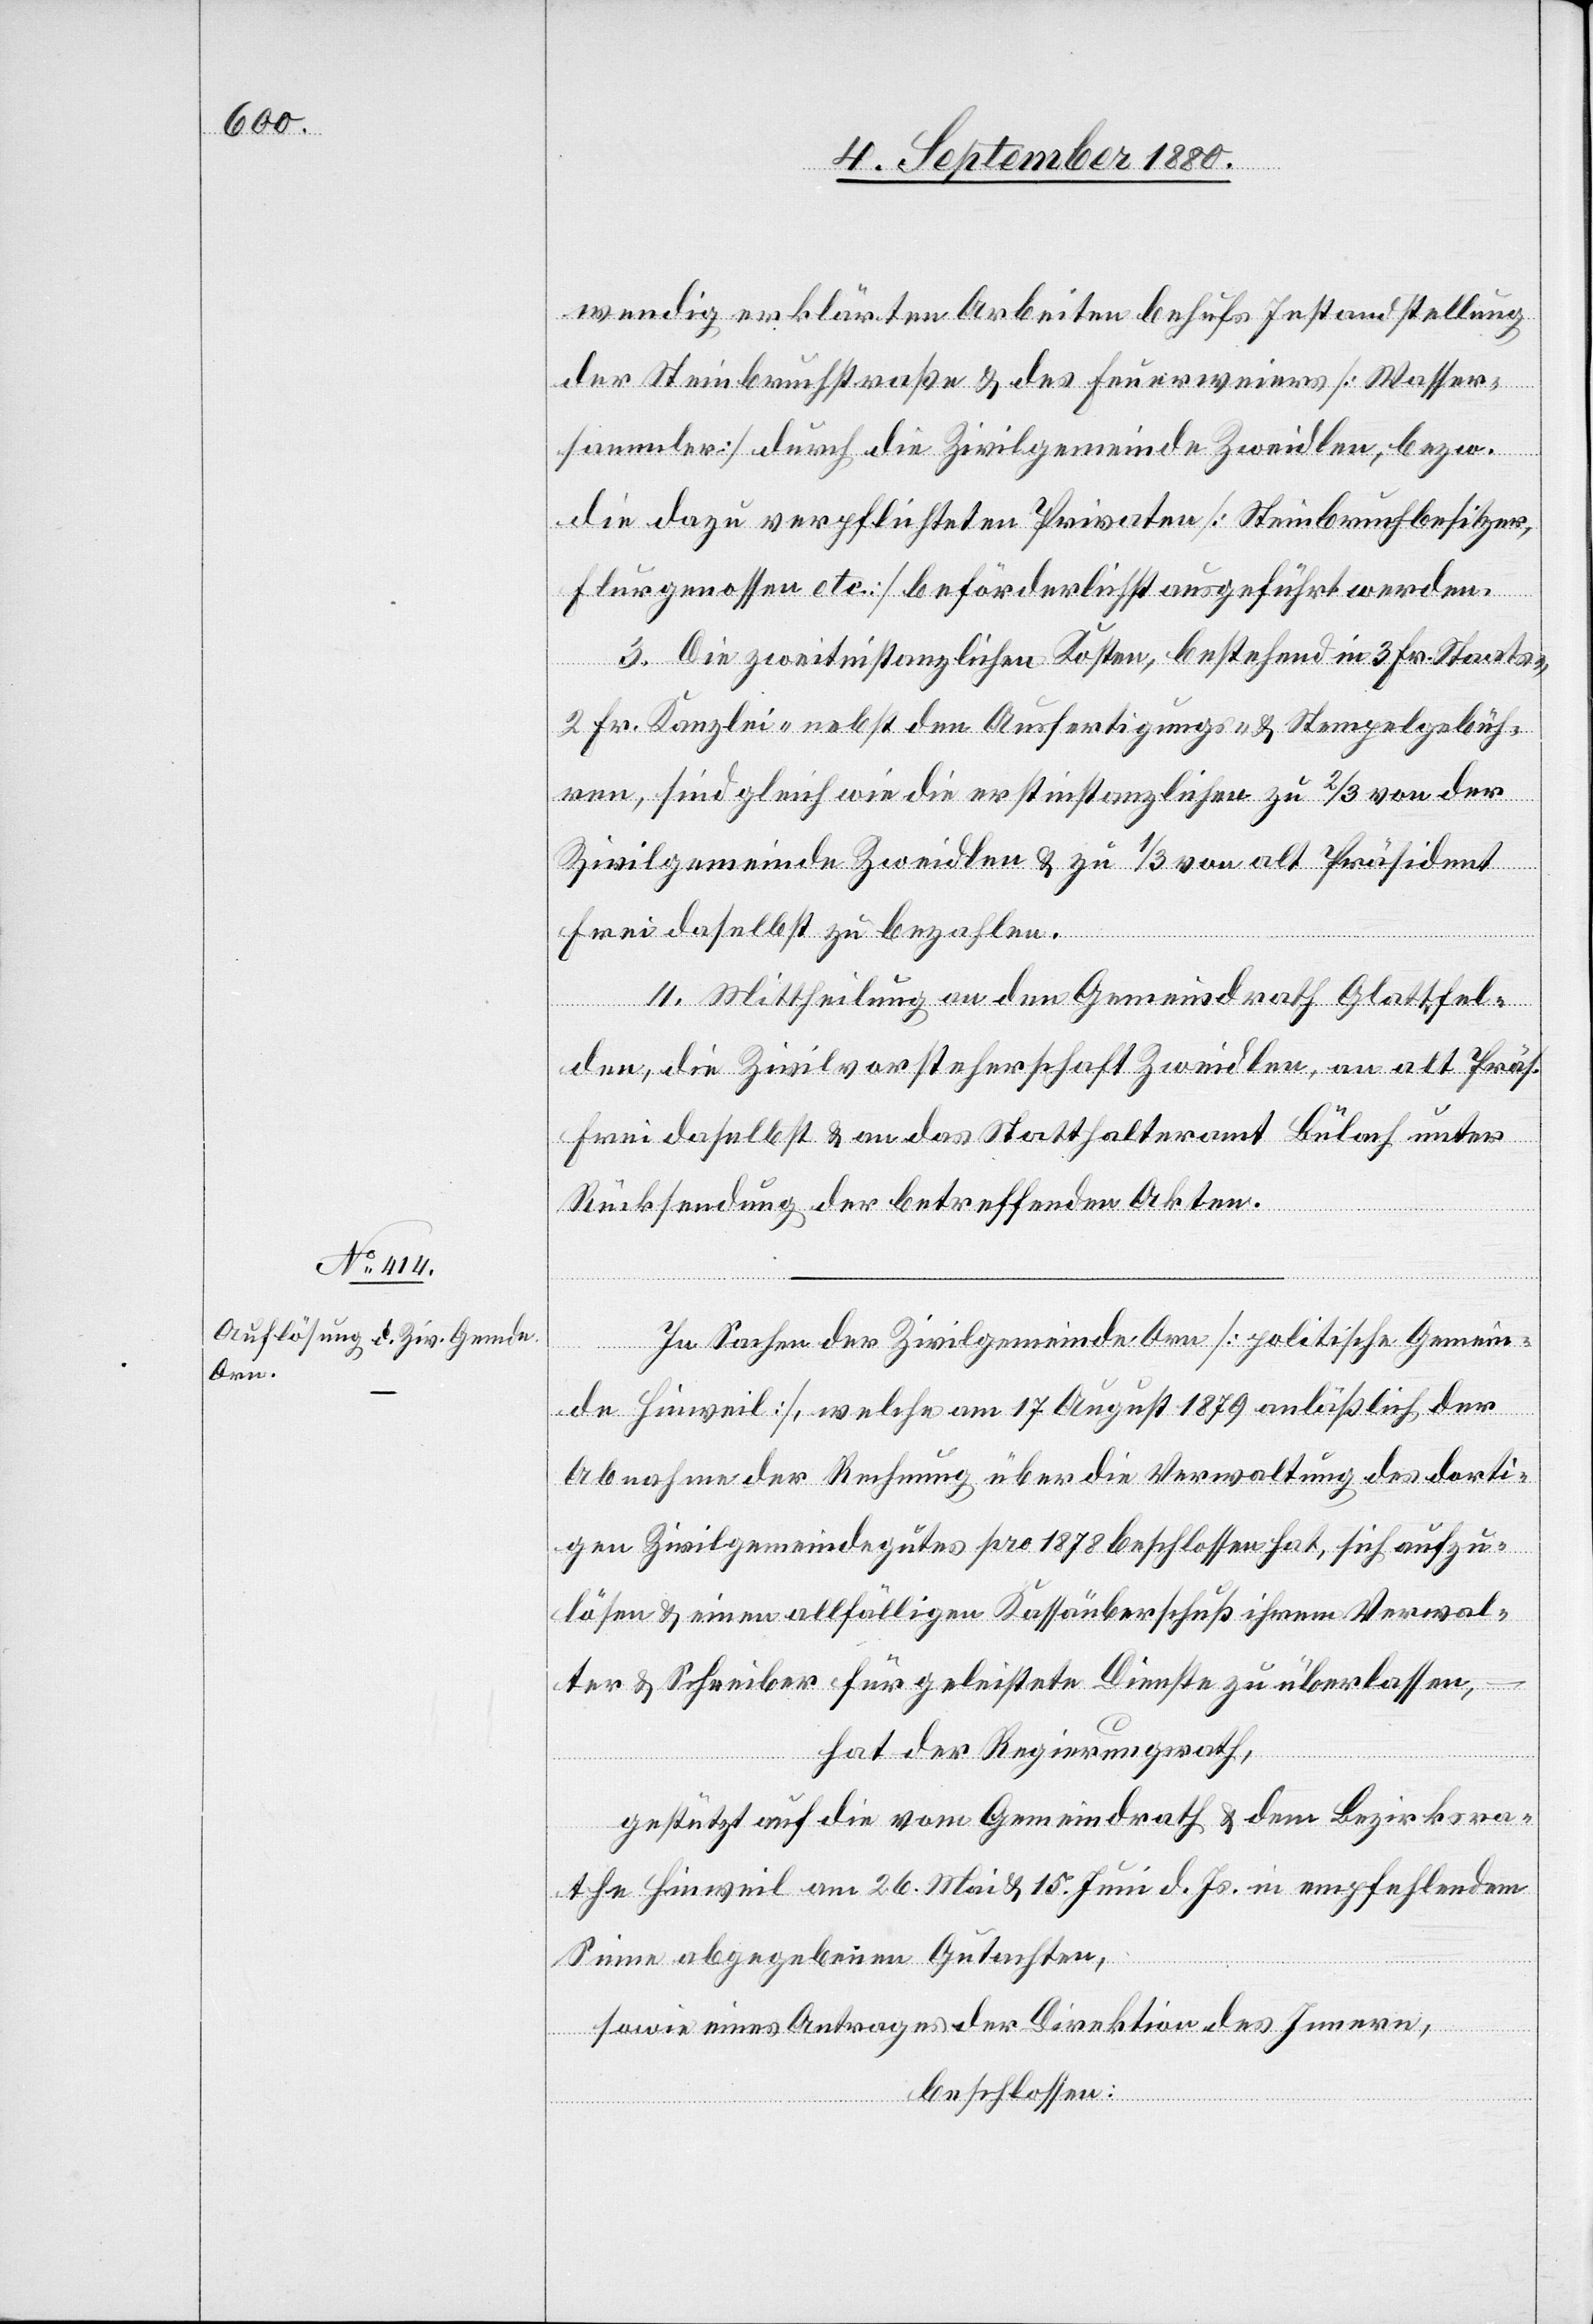
wendig erklärten Arbeiten behufs Instandstellung
der Steinbruchstraße & des Feuerweiers [Wasser¬
sammler] durch die Zivilgemeinde Zweidlen, bezw.
die dazu verpflichteten Privaten [Steinbruchbesitzer,
Flurgenossen etc.] beförderlichst ausgeführt werden.
3. Die zweitinstanzlichen Kosten, bestehend in 3 Fr. Staats-,
2 Fr. Kanzlei- nebst den Ausfertigungs-& Stempelgebüh¬
ren, sind gleich wie die erstinstanzlichen zu 2/3 von alt
Präsident
Frei daselbst zu bezahlen.
4. Mittheilung an den Gemeindrath Glattfel¬
den, die Zivilvorsteherschaft Zweidlen, an alt Präs.
Frei daselbst & an das Statthalteramt Bülach unter
Rücksendung der betreffenden Akten.
In Sachen der Zivilgemeinde Orn [politische Gemein¬
de Hinweil], welche am 17. August 1879 anläßlich der
Abnahme der Rechnung über die Verwaltung des dorti¬
gen Zivilgemeindegutes pro 1878 beschlossen hat, sich aufzu¬
lösen & einen allfälligen Kassaüberschuß ihrem Verwal¬
ter & Schreiber für geleistete Dienste zu überlassen,
hat der Regierungsrath,
gestützt auf die vom Gemeindrath & dem Bezirksra¬
the Hinweil am 26. Mai & 15. Juni d. Js. in empfehlendem
Sinne abgegebenen Gutachten,
sowie eine Antrages der Direktion des Innern,
beschlossen: